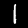
Digit: 1